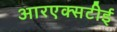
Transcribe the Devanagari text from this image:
आरएक्सटीई